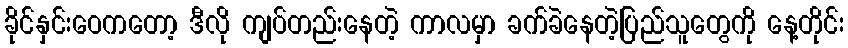
ခိုင်နှင်းဝေကတော့ ဒီလို ကျပ်တည်းနေတဲ့ ကာလမှာ ခက်ခဲနေတဲ့ပြည်သူတွေကို နေ့တိုင်း